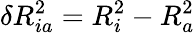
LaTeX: \delta R_{ia}^{2}=R_{i}^{2}-R_{a}^{2}